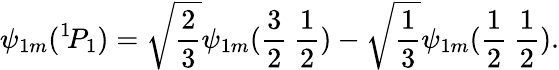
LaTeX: \psi_{1m}(^{1}\! P_{1})=\sqrt{\frac{2}{3}}\psi_{1m}(\frac{3}{2}\: \frac{1}{2})-\sqrt{\frac{1}{3}}\psi_{1m}(\frac{1}{2}\: \frac{1}{2}).